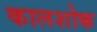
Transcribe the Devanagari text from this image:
कालशोक